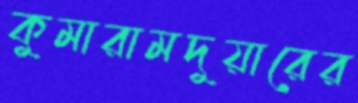
কুমারামদুয়ারের